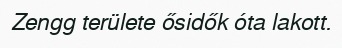
Zengg területe ősidők óta lakott.